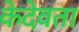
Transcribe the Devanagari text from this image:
केदेवता